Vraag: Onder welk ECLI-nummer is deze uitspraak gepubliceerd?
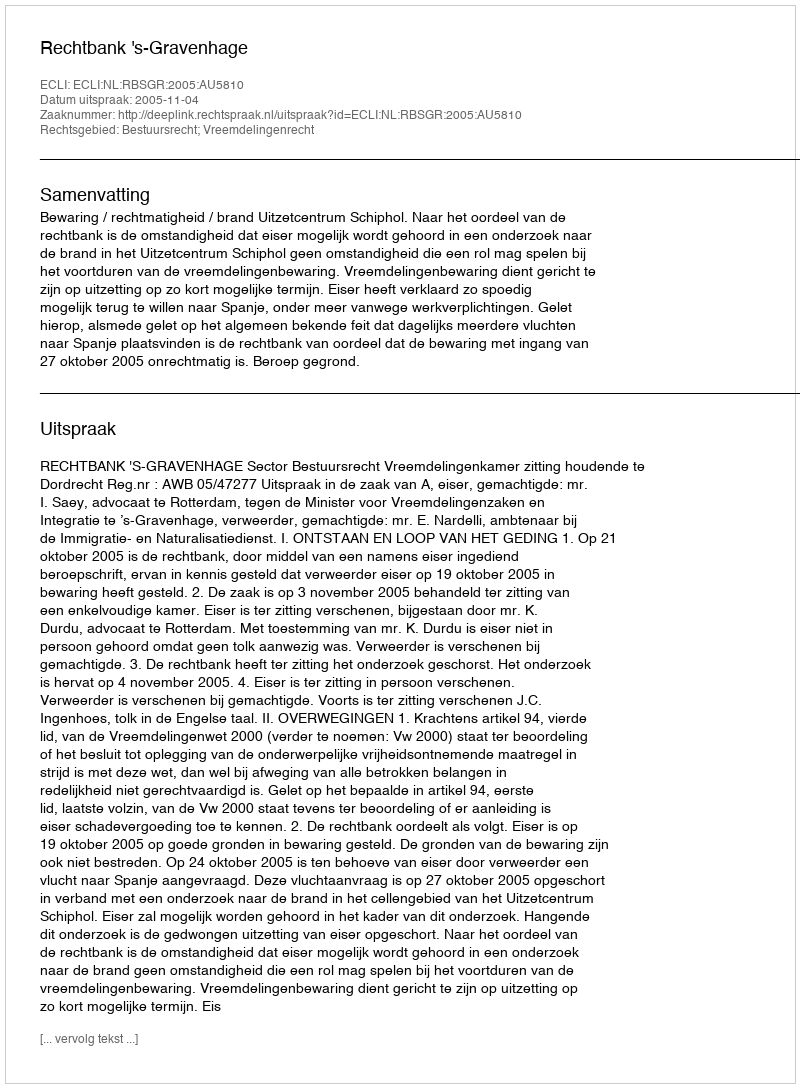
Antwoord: ECLI:NL:RBSGR:2005:AU5810